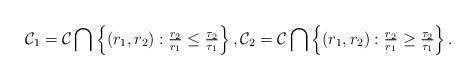
LaTeX: \begin{align*}\mathcal{C}_1=\mathcal{C}\bigcap \left\{(r_1,r_2): \tfrac{r_2}{r_1}\leq \tfrac{\tau_2}{\tau_1} \right\}, \mathcal{C}_2=\mathcal{C}\bigcap \left\{(r_1,r_2): \tfrac{r_2}{r_1}\geq \tfrac{\tau_2}{\tau_1} \right\}.\end{align*}